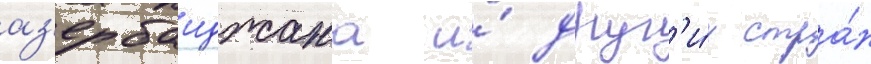
аз'ербаиджана и́ друг'и́х стра́н